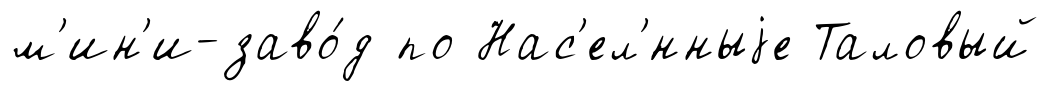
м'ин'и-заво́д по Нас'ел'́нныjе Таловый